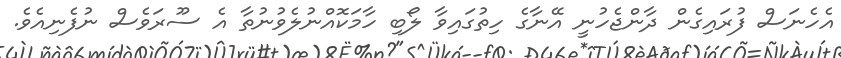
އެހެނަސް ފުރައިގެން ދާންޖެހުނީ އޭނާގެ ހިތުގައިވާ ލޯބި ހާމަކޮއްނުލެވުނުތާ އެ ސޫރަވެސް ނުފެނިއެވެ.